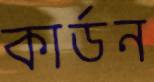
কার্ডন